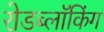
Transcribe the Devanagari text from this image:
रोडब्लॉकिंग